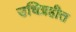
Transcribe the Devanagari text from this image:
उधिग्रहीत